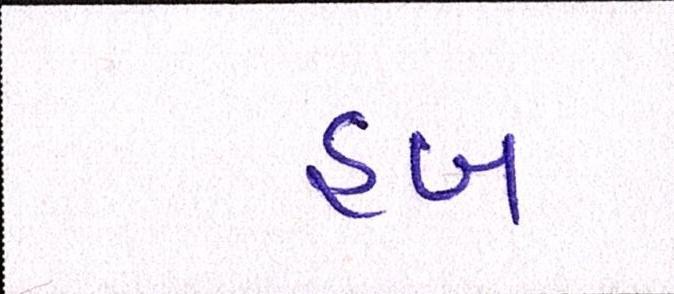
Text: હબ